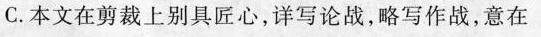
C. 本文在剪裁上别具匠心，详写论战，略写作战，意在